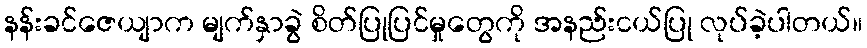
နန်းခင်ဇေယျာက မျက်နှာခွဲ စိတ်ပြုပြင်မှုတွေကို အနည်းငယ်ပြု လုပ်ခဲ့ပါတယ်။